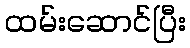
ထမ်းဆောင်ပြီး